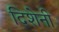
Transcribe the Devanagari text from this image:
दिशेनी